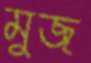
মুজ